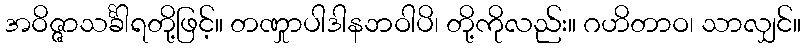
အဝိဇ္ဇာသင်္ခါရတို့ဖြင့်။ တဏှုာပါဒါနဘဝါပိ၊ တို့ကိုလည်း။ ဂဟိတာဝ၊ သာလျှင်။